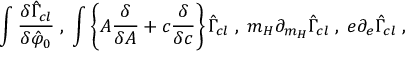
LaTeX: \int \frac { \delta \hat { \Gamma } _ { c l } } { \delta \hat { \varphi } _ { 0 } } \; , \; \int \left\{ A \frac { \delta } { \delta A } + c \frac { \delta } { \delta c } \right\} \hat { \Gamma } _ { c l } \; , \; m _ { H } \partial _ { m _ { H } } \hat { \Gamma } _ { c l } \; , \; e \partial _ { e } \hat { \Gamma } _ { c l } \; ,